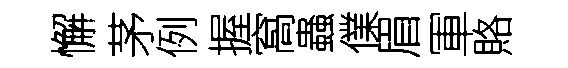
懈茅例握窩蟲㒒眉軍賂